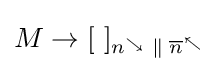
M\rightarrow [~]_{n^{\searrow }\;\|\;{\overline {n}}^{\nwarrow }}